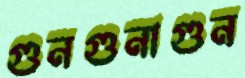
গুনগুনাগুন